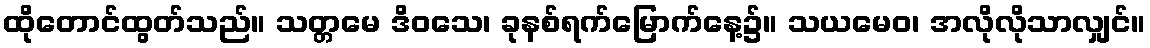
ထိုတောင်ထွတ်သည်။ သတ္တမေ ဒိဝသေ၊ ခုနစ်ရက်မြောက်နေ့၌။ သယမေဝ၊ အလိုလိုသာလျှင်။